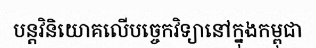
បន្តវិនិយោគលើបច្ចេកវិទ្យានៅក្នុងកម្ពុជា